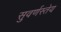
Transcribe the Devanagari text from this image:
सुवर्णस्तेय